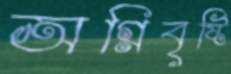
অগ্নিবৃষ্টি